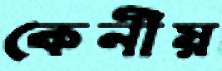
কেনীয়